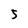
Character: 5